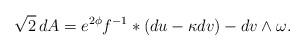
LaTeX: \begin{align*}\sqrt{2}\,dA=e^{2\phi}f^{-1}\ast (du-\kappa dv) -dv\wedge\omega.\end{align*}